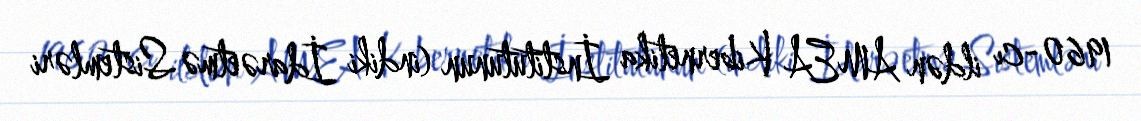
1960-cı ildən AMEA Kibernetika İnstitutunun (indiki İdarəetmə Sistemləri